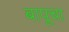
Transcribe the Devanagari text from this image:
बापूचा